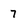
Character: 7